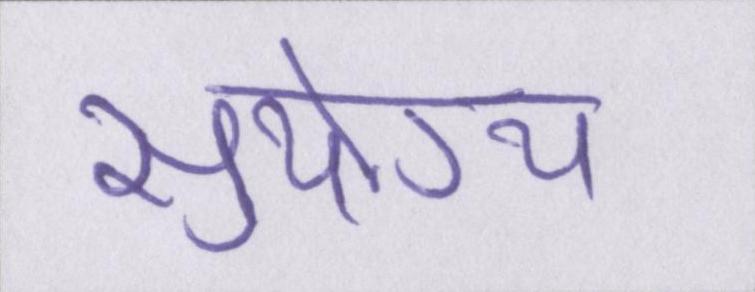
सुयोग्य